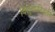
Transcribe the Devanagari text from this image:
विद्युतपरिवर्तन